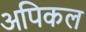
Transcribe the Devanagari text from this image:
अपिकल